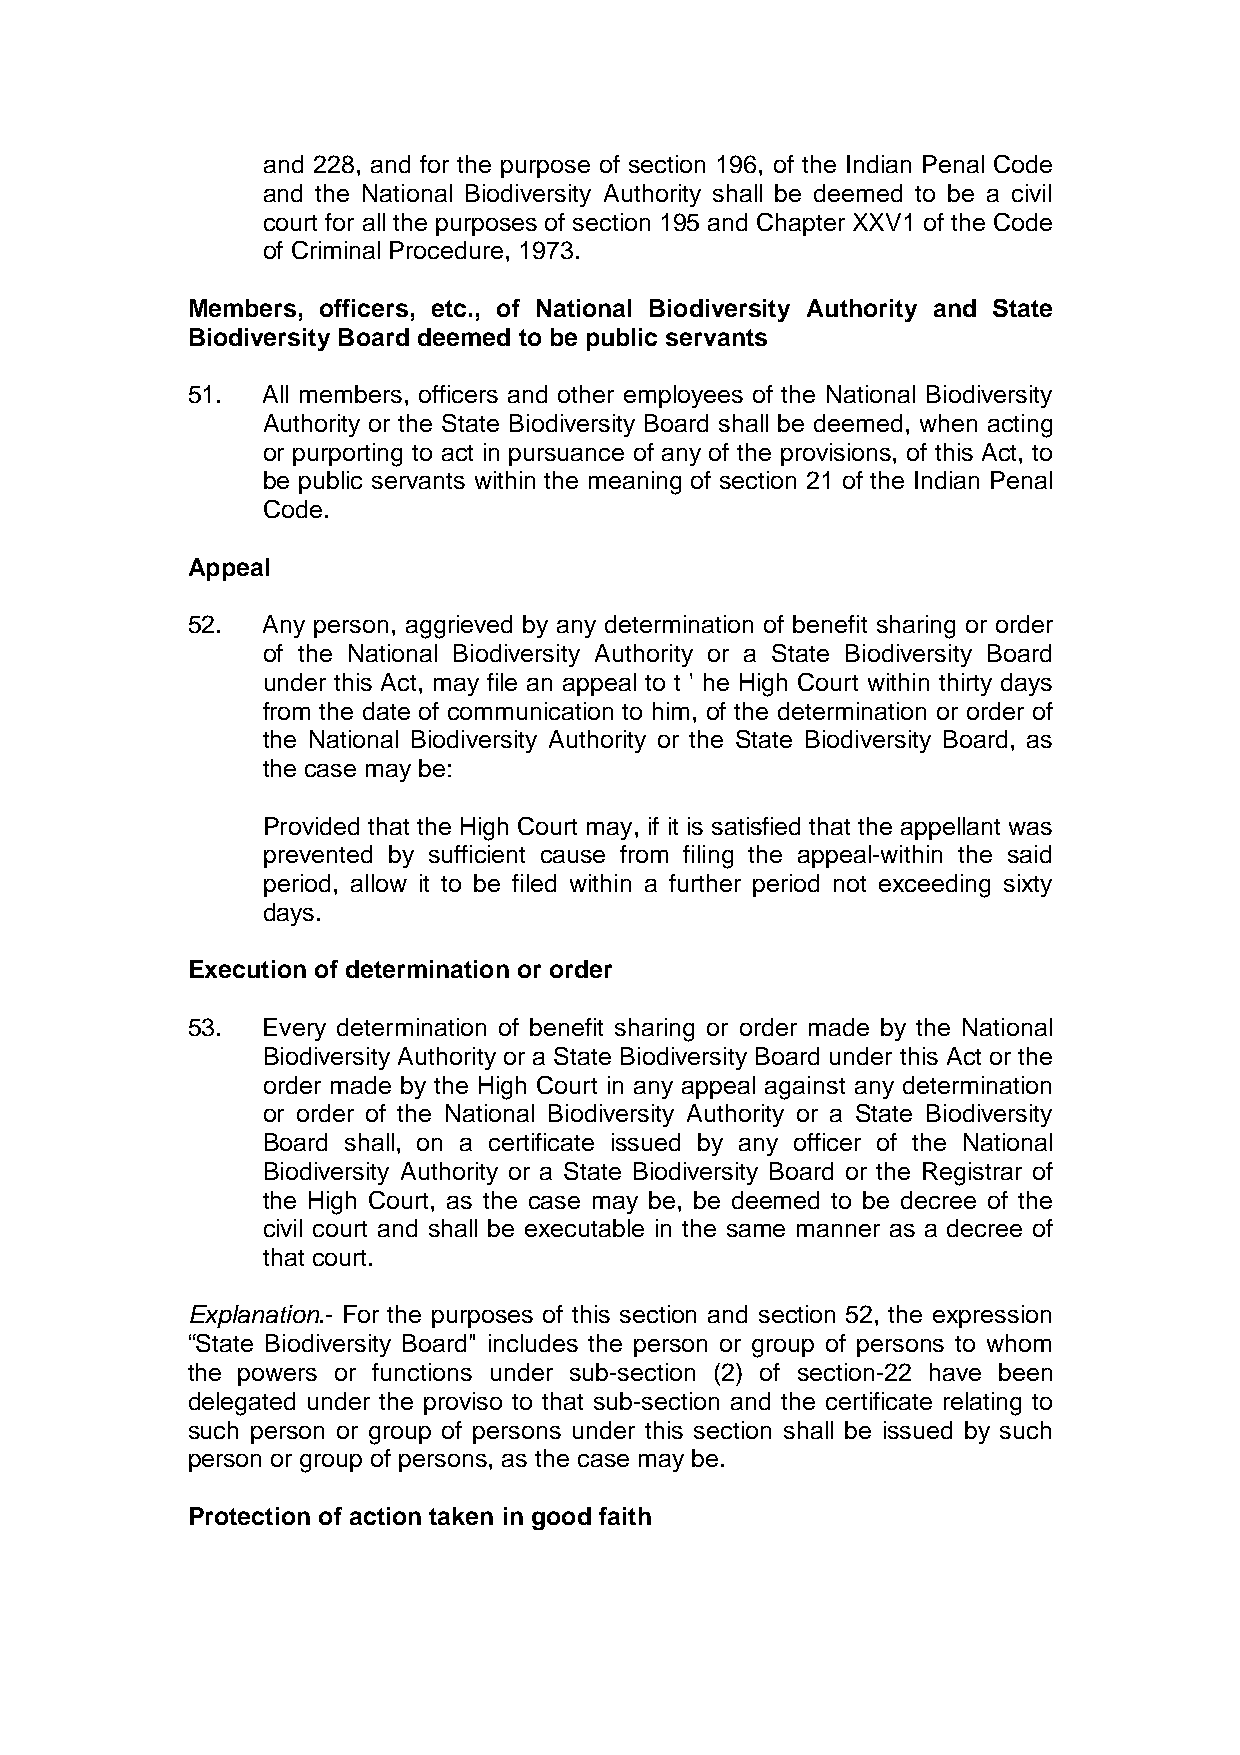
and 228, and for the purpose of section 196, of the Indian Penal Code
 and the National Biodiversity Authority shall be deemed to be a civil
 court for all the purposes of section 195 and Chapter XXV1 of the Code
 of Criminal Procedure, 1973.
 Members, officers, etc., of National Biodiversity Authority and State
 Biodiversity Board deemed to be public servants
 51.  All members, officers and other employees of the National Biodiversity
 Authority or the State Biodiversity Board shall be deemed, when acting
 or purporting to act in pursuance of any of the provisions, of this Act, to
 be public servants within the meaning of section 21 of the Indian Penal
 Code.
 Appeal
 52.  Any person, aggrieved by any determination of benefit sharing or order
 of the National Biodiversity Authority or a State Biodiversity Board
 under this Act, may file an appeal to t ' he High Court within thirty days
 from the date of communication to him, of the determination or order of
 the National Biodiversity Authority or the State Biodiversity Board, as
 the case may be:
 Provided that the High Court may, if it is satisfied that the appellant was
 prevented by sufficient cause from filing the appeal-within the said
 period, allow it to be filed within a further period not exceeding sixty
 days.
 Execution of determination or order
 53.  Every determination of benefit sharing or order made by the National
 Biodiversity Authority or a State Biodiversity Board under this Act or the
 order made by the High Court in any appeal against any determination
 or order of the National Biodiversity Authority or a State Biodiversity
 Board shall, on a certificate issued by any officer of the National
 Biodiversity Authority or a State Biodiversity Board or the Registrar of
 the High Court, as the case may be, be deemed to be decree of the
 civil court and shall be executable in the same manner as a decree of
 that court.
 Explanation.- For the purposes of this section and section 52, the expression
 “State Biodiversity Board" includes the person or group of persons to whom
 the powers or functions under sub-section (2) of section-22 have been
 delegated under the proviso to that sub-section and the certificate relating to
 such person or group of persons under this section shall be issued by such
 person or group of persons, as the case may be.
 Protection of action taken in good faith